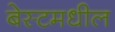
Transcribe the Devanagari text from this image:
बेस्टमधील